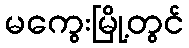
မကွေးမြို့တွင်